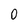
Character: O